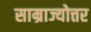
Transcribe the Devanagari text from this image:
साम्राज्योत्तर